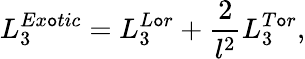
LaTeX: L_{3}^{Ex\mathtt{o}tic}=L_{3}^{L\mathtt{o}r}+\frac{{2}}{{l^{2}}}L_{3}^{T\mathtt{o}r},